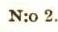
N.o 2